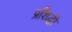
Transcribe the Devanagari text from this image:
प्रशिद्धी